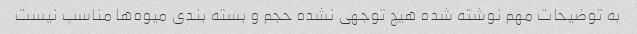
به توضیحات مهم نوشته شده هیچ توجهی نشده حجم و بسته بندی میوه‌ها مناسب نیست